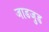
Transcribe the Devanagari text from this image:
जाडजुड